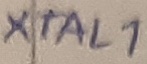
Text: XTAL1